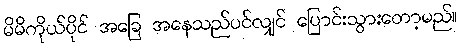
မိမိကိုယ်ပိုင် အခြေ အနေသည်ပင်လျှင် ပြောင်းသွားတော့မည်။